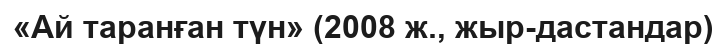
«Ай таранған түн» (2008 ж., жыр-дастандар)